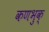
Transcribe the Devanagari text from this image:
कणभुक्